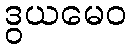
ဒွယမေဝ